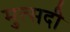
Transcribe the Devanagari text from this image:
मुत्सदी